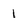
Character: 1